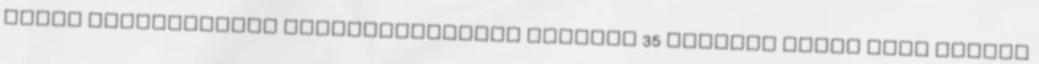
Péter menekültügyi nyilatkozatának ürügyén 35 milliót lehet most nyerni